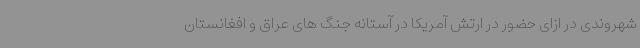
شهروندی در ازای حضور در ارتش آمریکا در آستانه جنگ های عراق و افغانستان